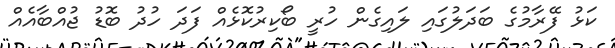
ކަޅު ފޭރާމުގެ ބަދަލުގައި ލައިގެން ހުރީ ބޯކިރުކޮޅެއް ފަދަ ހުދު ބޮޑު ޖުއްބާއެއް